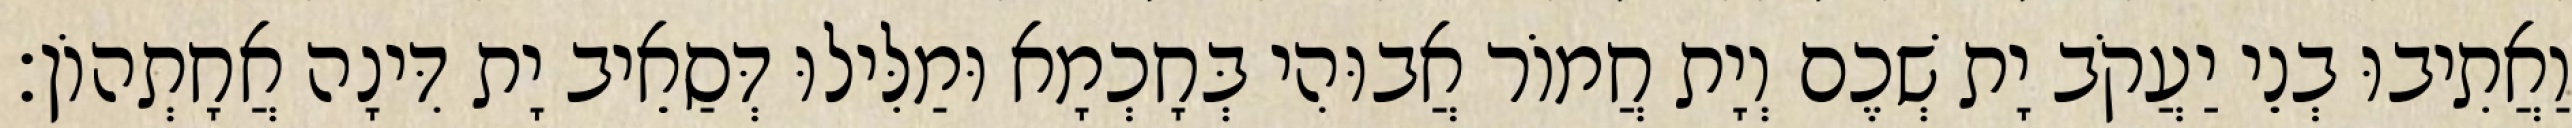
וַאֲתִיבוּ בְנֵי יַעֲקֹב יָת שְׁכֶם וְיָת חֲמוֹר אֲבוּהִי בְּחָכְמָא וּמַלִּילוּ דְּסַאֵיב יָת דִּינָה אֲחָתְהוֹן׃